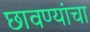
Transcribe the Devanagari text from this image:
छावण्यांचा